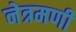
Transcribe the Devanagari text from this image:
नेत्रमणी